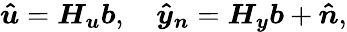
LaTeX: \boldsymbol{\hat{u}}=\boldsymbol{H_{u}}\boldsymbol{b},\quad\boldsymbol{\hat{y}_{n}}=\boldsymbol{H_{y}}\boldsymbol{b}+\boldsymbol{\hat{n}},